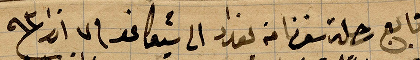
تابع رحلة سفرنا من بغداد الى شيكاغو في ٧ اذار ١٨٩٣